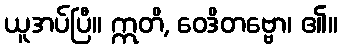
ယူအပ်ပြီ။ ဣတိ, ဝေဒိတဗ္ဗော၊ ၏။